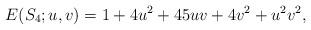
LaTeX: \begin{align*}E(S_4;u,v) = 1+4u^2+45uv+4v^2+u^2v^2,\end{align*}